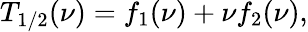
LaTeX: T_{1/2}(\nu)=f_{1}(\nu)+{\nu}f_{2}(\nu),